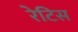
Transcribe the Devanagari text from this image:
रेटिस